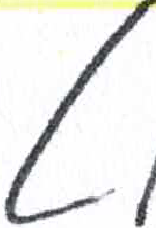
אות: ט